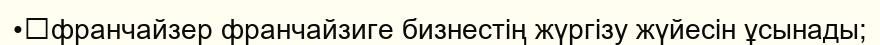
•	франчайзер франчайзиге бизнестің жүргізу жүйесін ұсынады;